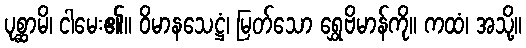
ပုစ္ဆာမိ၊ ငါမေး၏။ ဝိမာနသေဋ္ဌံ၊ မြတ်သော ရွှေဗိမာန်ကို။ ကထံ၊ အသို့။